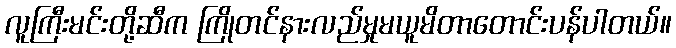
လူကြီးမင်းတို့ဆီက ကြိုတင်နားလည်မှုမယူမိတာတောင်းပန်ပါတယ်။